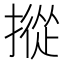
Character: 摐